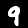
Digit: 9